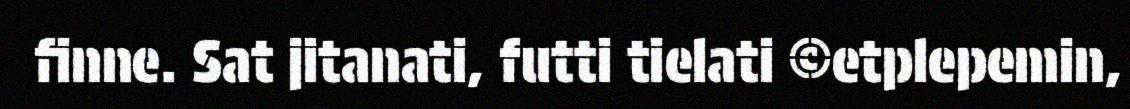
finne. Sat jitanati, futti tielati ©etplepemin,